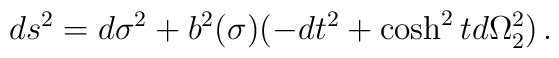
ds^2 = d\sigma^2 + b^2(\sigma)(-dt^2 + \cosh^2t d\Omega_2^2)\,.